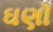
ઘણૉ